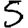
Digit: 5